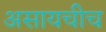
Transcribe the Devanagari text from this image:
असायचीच